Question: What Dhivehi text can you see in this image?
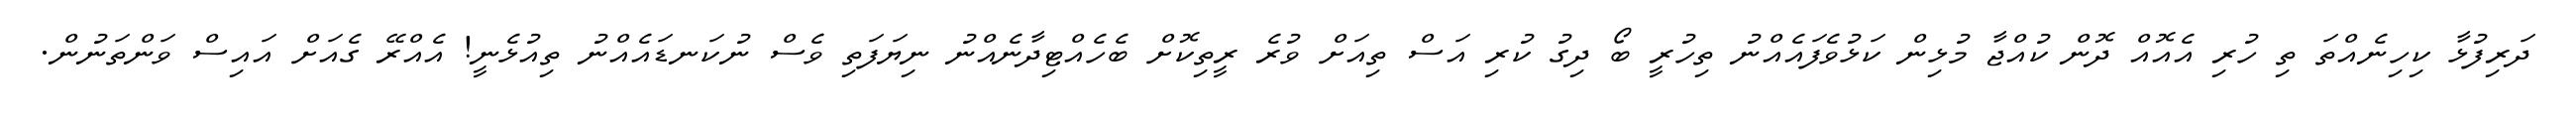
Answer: ދަރިފުޅާ ކިހިނެއްތަ ތި ހުރި އެއޮއް ދޮން ކުއްޖާ މުޅިން ކަޅުވެފައެއްނު ތިހުރީ ބޯ ދިގު ކުރި އަސް ތިއަށް ވުރެ ރީތިކޮށް ބެހެއްޓިދާނެއްނު ނިޔަފަތި ވެސް ނުކަނޑައެއްނު ތިއުޅެނީ! އެއްރޭ ގެއަށް އައިސް ވަންތަނުން.